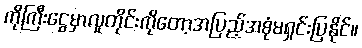
ကိုကြီးငွေမှာလူတိုင်းကိုတော့အပြည့်အစုံမရှင်းပြနိုင်။